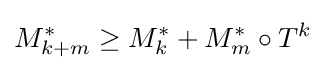
M_{k+m}^{*}\geq M_{k}^{*}+M_{m}^{*}\circ T^{k}